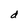
Character: d